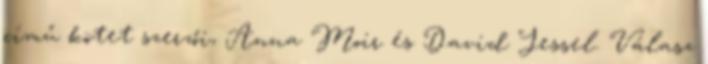
című kötet szerzői, Anna Moir és David Jessel. Válasz